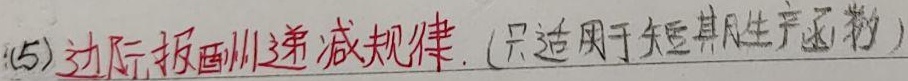
(5) 边际报酬递减规律.（只适用于短期生产函数）